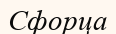
Сфорца